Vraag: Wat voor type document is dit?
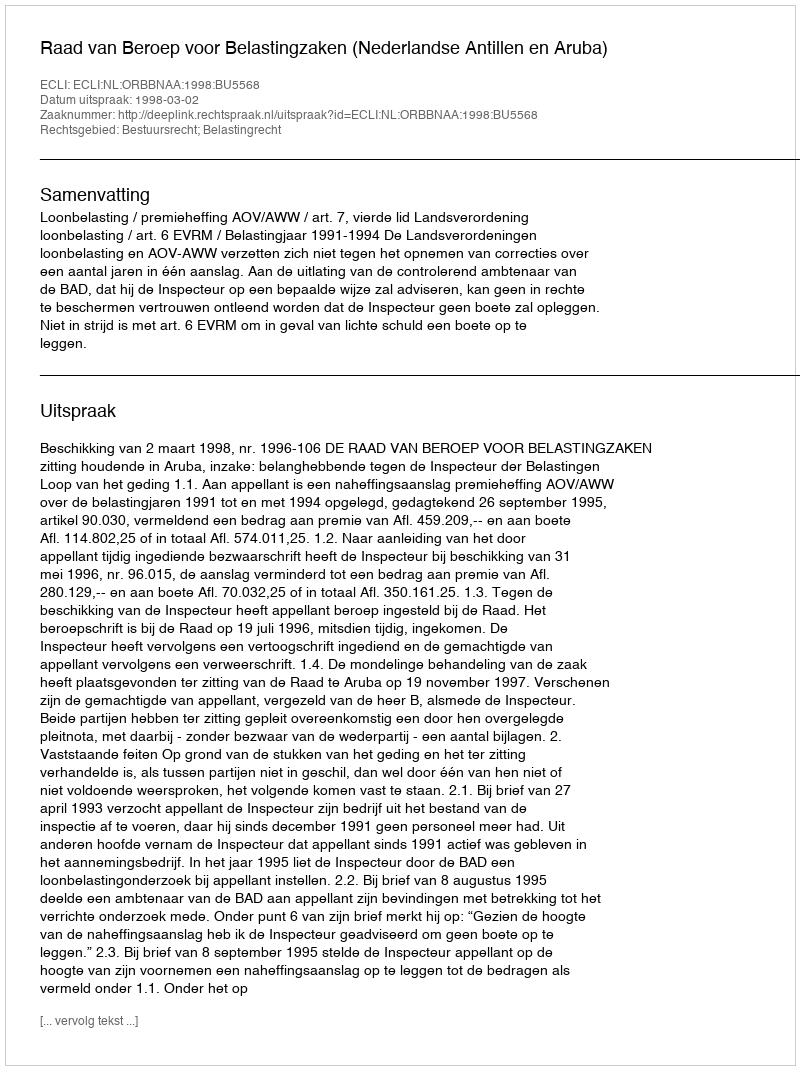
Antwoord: Uitspraak